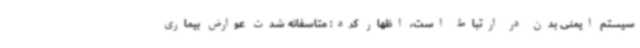
سیستم ایمنی بدن در ارتباط است، اظهار کرد: متاسفانه شدت عوارض بیماری